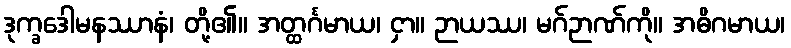
ဒုက္ခဒေါမနဿာနံ၊ တို့၏။ အတ္ထင်္ဂမာယ၊ ငှာ။ ဉာယဿ၊ မဂ်ဉာဏ်ကို။ အဓိဂမာယ၊